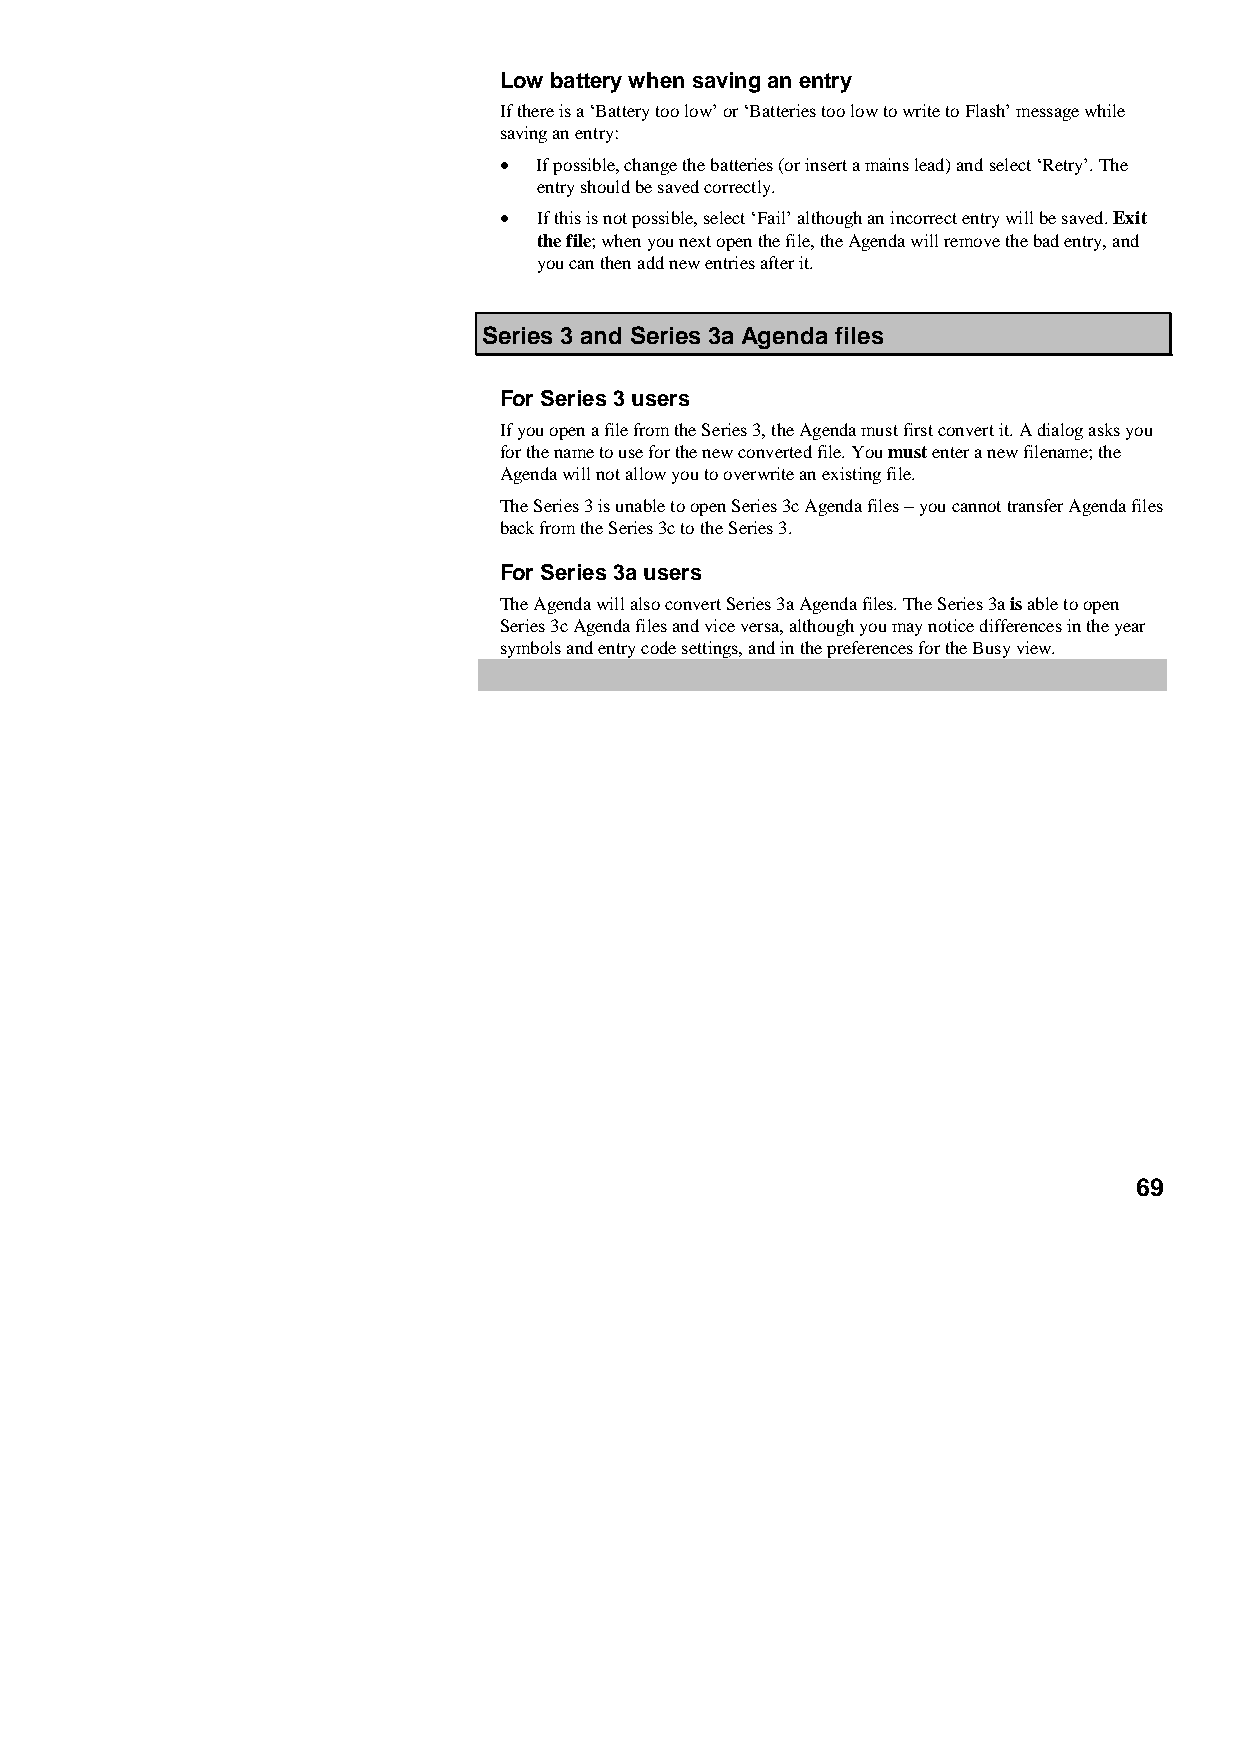
Low battery when saving an entry
 If there is a ‘Battery too low’ or ‘Batteries too low to write to Flash’ message while
 saving an entry:
 •  If possible, change the batteries (or insert a mains lead) and select ‘Retry’. The
 entry should be saved correctly.
 •  If this is not possible, select ‘Fail’ although an incorrect entry will be saved. Exit
 the file; when you next open the file, the Agenda will remove the bad entry, and
 you can then add new entries after it.
 Series 3 and Series 3a Agenda files
 For Series 3 users
 If you open a file from the Series 3, the Agenda must first convert it. A dialog asks you
 for the name to use for the new converted file. You must enter a new filename; the
 Agenda will not allow you to overwrite an existing file.
 The Series 3 is unable to open Series 3c Agenda files − you cannot transfer Agenda files
 back from the Series 3c to the Series 3.
 For Series 3a users
 The Agenda will also convert Series 3a Agenda files. The Series 3a is able to open
 Series 3c Agenda files and vice versa, although you may notice differences in the year
 symbols and entry code settings, and in the preferences for the Busy view.
 69